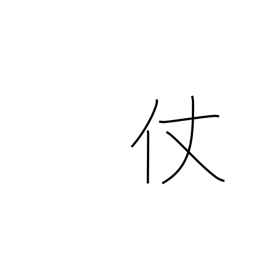
Meaning: stick